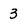
Character: 3